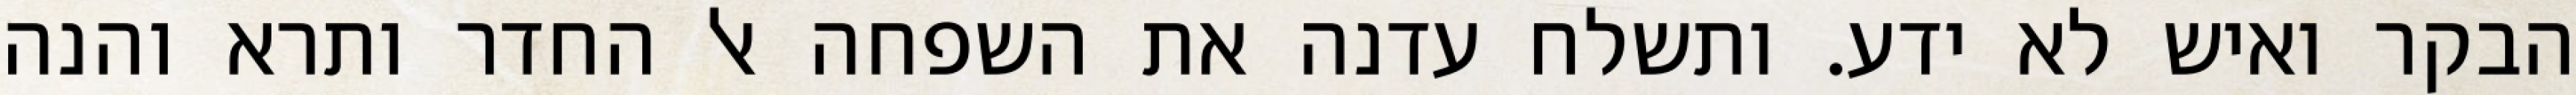
הבקר ואיש לא ידע. ותשלח עדנה את השפחה אל החדר ותרא והנה